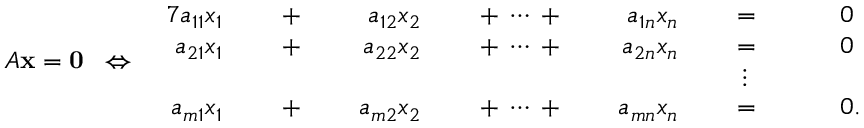
A \mathbf { x } = \mathbf { 0 } \; \; \Leftrightarrow \; \; { \begin{array} { r l r l r l r l r l r l r l } { { 7 } a _ { 1 1 } x _ { 1 } } & { } & { \; + \; } & { } & { a _ { 1 2 } x _ { 2 } } & { } & { \; + \; \cdots \; + \; } & { } & { a _ { 1 n } x _ { n } } & { } & { \; = \; } & { } & & { 0 } \\ { a _ { 2 1 } x _ { 1 } } & { } & { \; + \; } & { } & { a _ { 2 2 } x _ { 2 } } & { } & { \; + \; \cdots \; + \; } & { } & { a _ { 2 n } x _ { n } } & { } & { \; = \; } & { } & & { 0 } \\ & { } & & { } & & { } & & { } & & { } & { \vdots \ \; } & { } & & { } \\ { a _ { m 1 } x _ { 1 } } & { } & { \; + \; } & { } & { a _ { m 2 } x _ { 2 } } & { } & { \; + \; \cdots \; + \; } & { } & { a _ { m n } x _ { n } } & { } & { \; = \; } & { } & & { 0 { \mathrm { . } } } \end{array} }